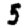
Digit: 5